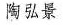
陶弘景